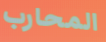
المحارب